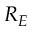
R _ { E }